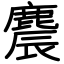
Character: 麎